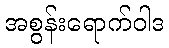
အစွန်းရောက်ဝါဒ